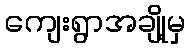
ကျေးရွာအချို့မှ